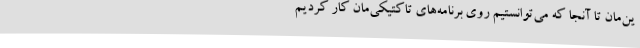
ین‌مان تا آنجا که می‌توانستیم روی برنامه‌های تاکتیکی‌مان کار کردیم